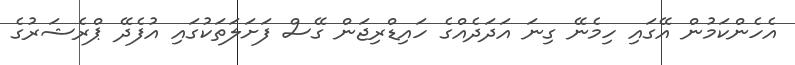
އެހެންކަމުން އޭގައި ހިމެނޭ ގިނަ އަދަދެއްގެ ހައިޑްރިޖަން ގޭސް ފަށަލަތަކުގައި އުފެދޭ ޕްރެޝަރުގެ